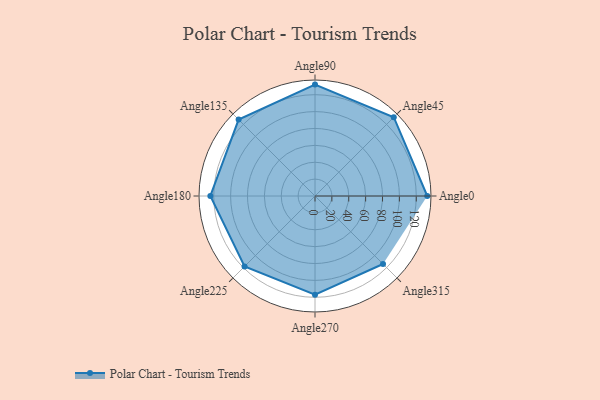
{"axis": {"x": "Angle", "y": "Radius"}, "legend": [""], "data": [{"x": "Angle0", "y": 133.0, "type": ""}, {"x": "Angle45", "y": 132.0, "type": ""}, {"x": "Angle90", "y": 132.0, "type": ""}, {"x": "Angle135", "y": 128.0, "type": ""}, {"x": "Angle180", "y": 124.0, "type": ""}, {"x": "Angle225", "y": 118.0, "type": ""}, {"x": "Angle270", "y": 117.0, "type": ""}, {"x": "Angle315", "y": 114.0, "type": ""}]}